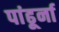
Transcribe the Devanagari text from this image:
पांढूर्ना